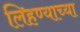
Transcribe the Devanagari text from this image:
लिहण्याच्या